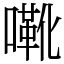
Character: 㗾